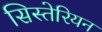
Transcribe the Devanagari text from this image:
सिस्तेरियन